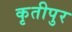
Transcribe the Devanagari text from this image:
कृतीपुर